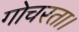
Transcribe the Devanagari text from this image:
गोचरता।